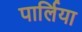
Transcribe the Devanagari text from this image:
पार्लिया